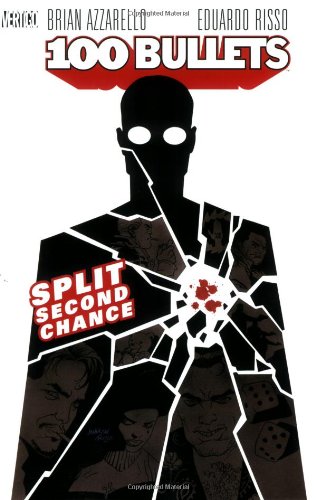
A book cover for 100 Bullets Vol. 2: Split Second Chance; Brian Azzarello; Comics & Graphic Novels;